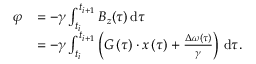
\begin{array} { r l } { \varphi } & { = - \gamma \int _ { t _ { i } } ^ { t _ { i + 1 } } B _ { z } ( \tau ) \, \mathrm { d } \tau } \\ & { = - \gamma \int _ { t _ { i } } ^ { t _ { i + 1 } } \left( \boldsymbol { G } \left( \tau \right) \cdot \boldsymbol { x } \left( \tau \right) + \frac { \Delta \omega ( \tau ) } { \gamma } \right) \, \mathrm { d } \tau . } \end{array}